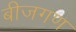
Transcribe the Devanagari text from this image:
बीजगण